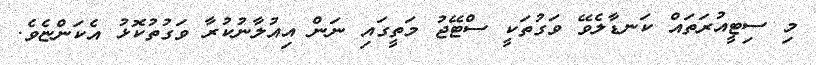
މި ސިޓީއުރަތައް ކަނޑާލެވޭ ވަގުތަކީ ސްޓޭޖު މަތީގައި ނަން އިއުލާނުކުރާ ވަގުތުކޮޅު އެކަންޏެވެ.